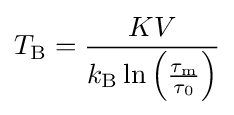
T_{\text{B}}={\frac {KV}{k_{\text{B}}\ln \left({\frac {\tau _{\text{m}}}{\tau _{0}}}\right)}}